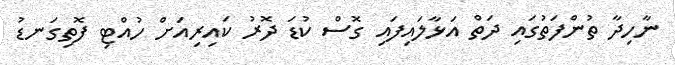
ނާހިދާ ތުންފަތުގައި ދަތް އަޅާލައިފައި ގޮސް ކުޑަ ދޮރު ކައިރިއަށް ހުއްޓި ފޮތިގަނޑު